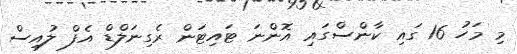
މި މަހު 16 ގައި ކާންސްގައި އޮންނަ ޓައިޓަން ރެގިނަލްޑް އެފް ލުއިސް